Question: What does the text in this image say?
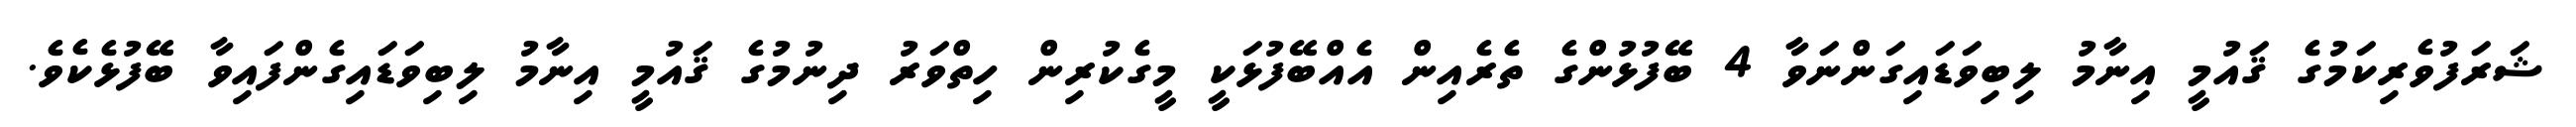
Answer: ޝަރަފުވެރިކަމުގެ ޤައުމީ އިނާމު ލިބިވަޑައިގަންނަވާ 4 ބޭފުޅުންގެ ތެރެއިން އެއްބޭފުޅަކީ މީގެކުރިން ހިތްވަރު ދިނުމުގެ ޤައުމީ އިނާމު ލިބިވަޑައިގެންފައިވާ ބޭފުޅެކެވެ.